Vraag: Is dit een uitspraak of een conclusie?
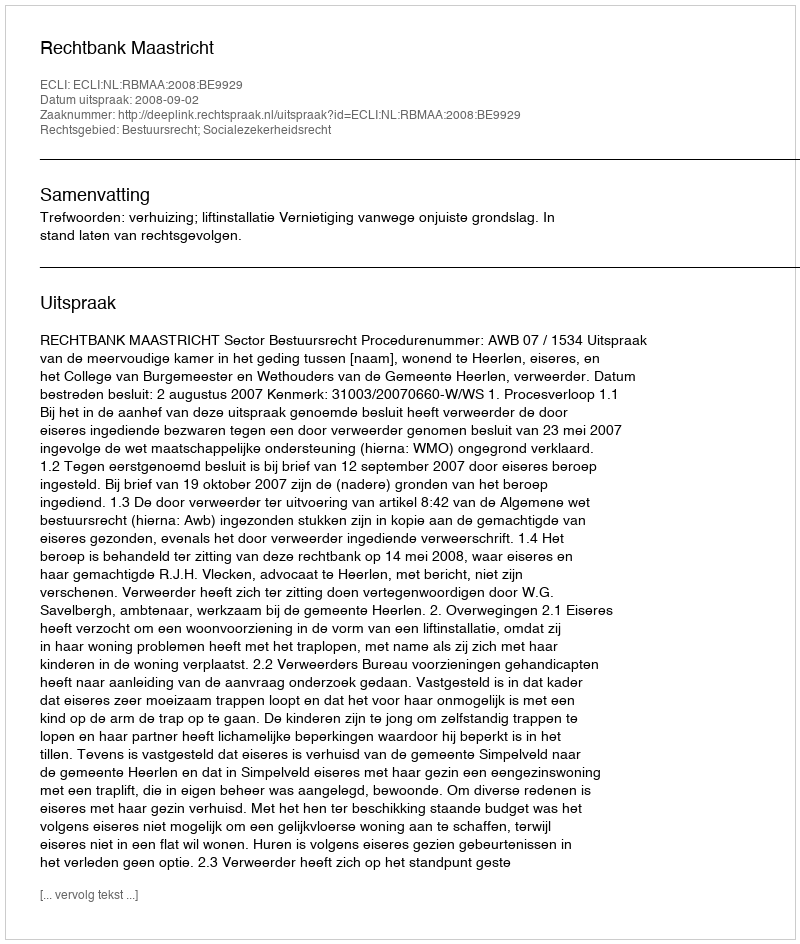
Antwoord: Uitspraak